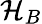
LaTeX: \mathcal{H}_{B}